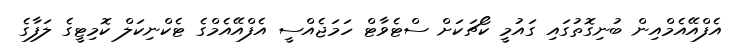
އެފްއޭއެމްއިން ބުނިގޮތުގައި ގައުމީ ކޯޗަކަށް ސްޓެވާޓް ހަމަޖެއްސީ އެފްއޭއެމްގެ ޓެކްނިކަލް ކޮމިޓީގެ ލަފާގެ